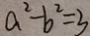
a ^ { 2 } - b ^ { 2 } = 3